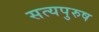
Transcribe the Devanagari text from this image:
सत्यपुरुष